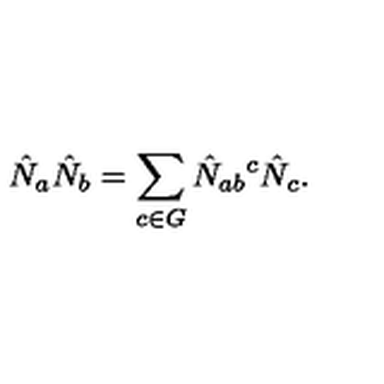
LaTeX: \hat { N } _ { a } \hat { N } _ { b } = \sum _ { c \in G } \hat { N } _ { a b } { } ^ { c } \hat { N } _ { c } .